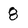
Character: 8